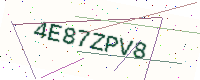
Text: 4E87ZPV8